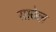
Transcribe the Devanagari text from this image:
साठेल